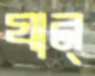
যান্